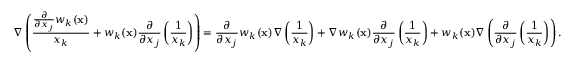
\nabla \left( \frac { \frac { \partial } { \partial x _ { j } } w _ { k } ( \mathbf x ) } { x _ { k } } + w _ { k } ( \mathbf x ) \frac { \partial } { \partial x _ { j } } \left( \frac { 1 } { x _ { k } } \right) \right) = \frac { \partial } { \partial x _ { j } } w _ { k } ( \mathbf x ) \nabla \left( \frac { 1 } { x _ { k } } \right) + \nabla w _ { k } ( \mathbf x ) \frac { \partial } { \partial x _ { j } } \left( \frac { 1 } { x _ { k } } \right) + w _ { k } ( \mathbf x ) \nabla \left( \frac { \partial } { \partial x _ { j } } \left( \frac { 1 } { x _ { k } } \right) \right) .